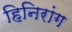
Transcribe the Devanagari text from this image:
हिनिरांग